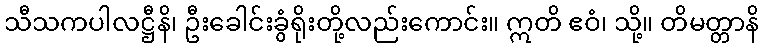
သီသကပါလဋ္ဌီနိ၊ ဦးခေါင်းခွံရိုးတို့လည်းကောင်း။ ဣတိ ဧဝံ၊ သို့။ တိမတ္တာနိ